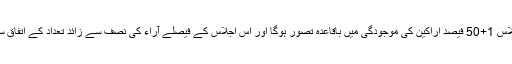
ہیئت متولیان کا اجلاس 1+50 فیصد اراکین کی موجودگی میں باقاعدہ تصور ہوگا اور اس اجلاس کے فیصلے آراء کی نصف سے زائد تعداد کے اتفاق سے، معتبر ہونگے۔